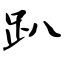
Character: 趴